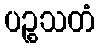
ပဉ္စသတံ